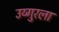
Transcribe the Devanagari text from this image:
उय्गुरला